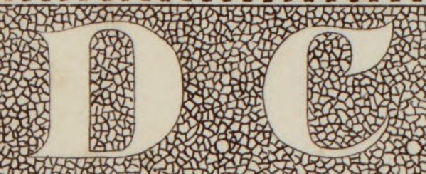
DC